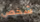
شخص